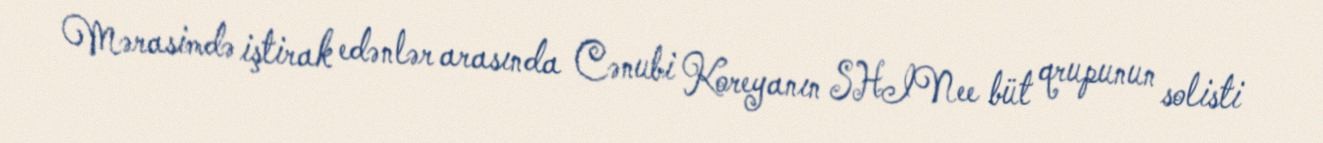
Mərasimdə iştirak edənlər arasında Cənubi Koreyanın SHINee büt qrupunun solisti